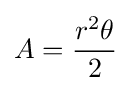
A={\frac {r^{2}\theta }{2}}